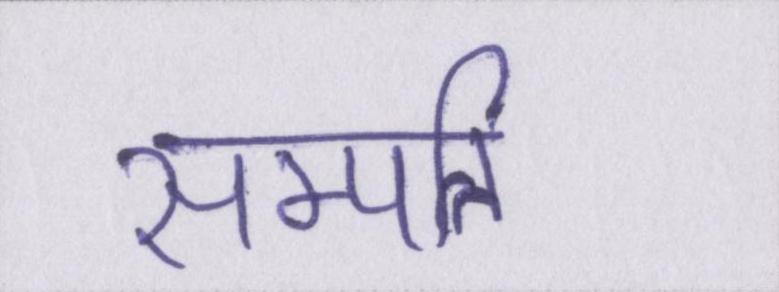
सम्पत्ति